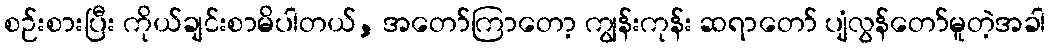
စဉ်းစားပြီး ကိုယ်ချင်းစာမိပါတယ်, အတော်ကြာတော့ ကျွန်းကုန်း ဆရာတော် ပျံလွန်တော်မူတဲ့အခါ